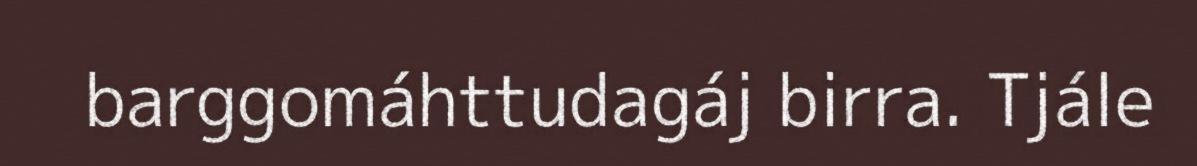
barggomáhttudagáj birra. Tjále